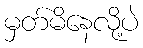
မှတ်မိနေလို့ပဲ